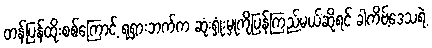
တန်ပြန်ထိုးစစ်ကြောင့် ရုရှားဘက်က ဆုံးရှုံးမှုကိုပြန်ကြည့်မယ်ဆိုရင် ခါကိဗ့်ဒေသရဲ့